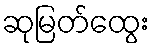
ဆုမြတ်ထွေး